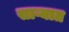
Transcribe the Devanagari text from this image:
साऱ्यात